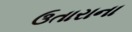
ઉતારાના